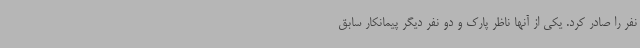
نفر را صادر کرد. یکی از آنها ناظر پارک و دو نفر دیگر پیمانکار سابق